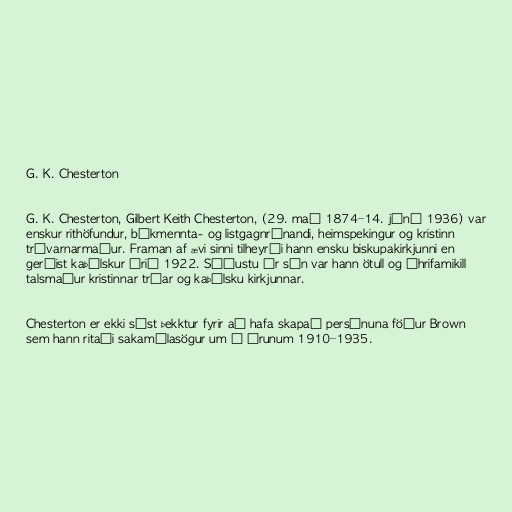
G. K. Chesterton

G. K. Chesterton, Gilbert Keith Chesterton, (29. maí 1874–14. júní 1936) var
enskur rithöfundur, bókmennta- og listgagnrýnandi, heimspekingur og kristinn
trúvarnarmaður. Framan af ævi sinni tilheyrði hann ensku biskupakirkjunni en
gerðist kaþólskur árið 1922. Síðustu ár sín var hann ötull og áhrifamikill
talsmaður kristinnar trúar og kaþólsku kirkjunnar.

Chesterton er ekki síst þekktur fyrir að hafa skapað persónuna föður Brown
sem hann ritaði sakamálasögur um á árunum 1910–1935.